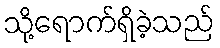
သို့ရောက်ရှိခဲ့သည်